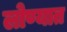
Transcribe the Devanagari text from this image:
लोण्यात